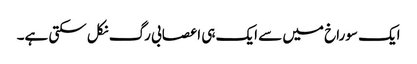
ایک سوراخ میں سے ایک ہی اعصابی رگ نکل سکتی ہے۔